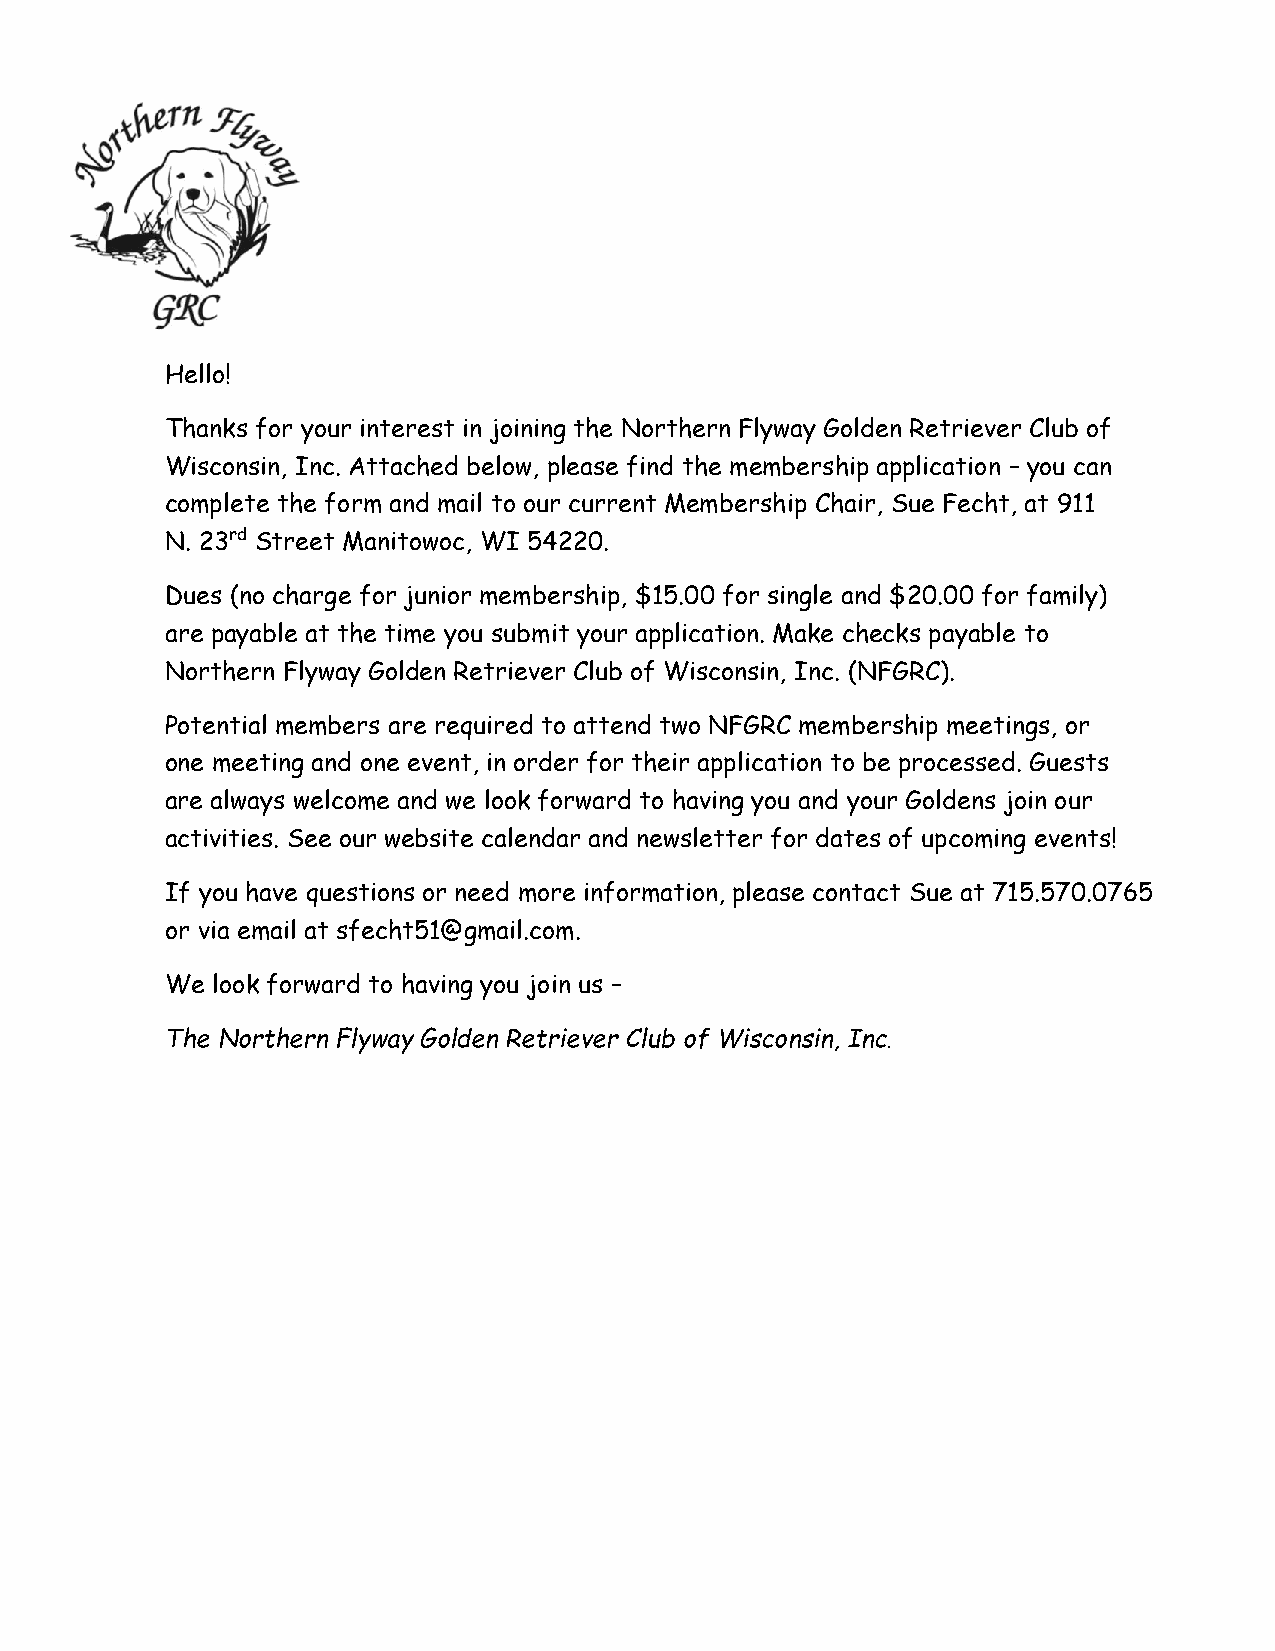
Hello!
 Thanks for your interest in joining the Northern Flyway Golden Retriever Club of
 Wisconsin, Inc. Attached below, please find the membership application – you can
 complete the form and mail to our current Membership Chair, Sue Fecht, at 911
 N. 23rd Street Manitowoc, WI 54220.
 Dues (no charge for junior membership, $15.00 for single and $20.00 for family)
 are payable at the time you submit your application. Make checks payable to
 Northern Flyway Golden Retriever Club of Wisconsin, Inc. (NFGRC).
 Potential members are required to attend two NFGRC membership meetings, or
 one meeting and one event, in order for their application to be processed. Guests
 are always welcome and we look forward to having you and your Goldens join our
 activities. See our website calendar and newsletter for dates of upcoming events!
 If you have questions or need more information, please contact Sue at 715.570.0765
 or via email at sfecht51@gmail.com.
 We look forward to having you join us –
 The Northern Flyway Golden Retriever Club of Wisconsin, Inc.